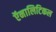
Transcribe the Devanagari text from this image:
ऍनालिटिकल